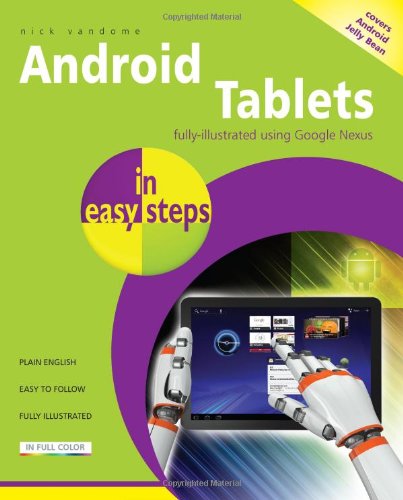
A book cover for Android Tablets in Easy Steps; Nick Vandome; Computers & Technology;